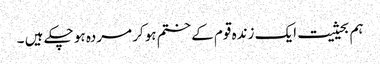
ہم بحیثیت ایک زندہ قوم کے ختم ہوکر مردہ ہو چکے ہیں ۔